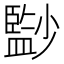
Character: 𡮻